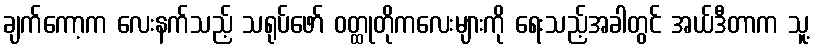
ချက်ကော့က လေးနက်သည့် သရုပ်ဖော် ဝတ္ထုတိုကလေးများကို ရေးသည့်အခါတွင် အယ်ဒီတာက သူ့